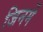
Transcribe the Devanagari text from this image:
जिनमें